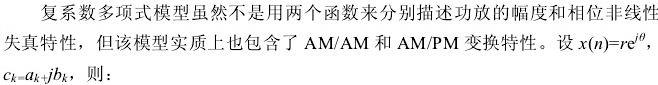
复系数多项式模型虽然不是用两个函数来分别描述功放的幅度和相位非线性失真特性，但该模型实质上也包含了 AM/AM 和 AM/PM 变换特性。设 \(x(n)=re^{j\theta}\)，\(c_{k}=a_{k}+jb_{k}\)，则：